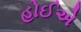
હોઈએ